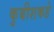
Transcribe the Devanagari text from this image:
कुबीशकडे